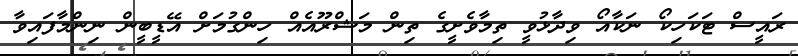
ރައީސް ޓަކަހިކޯ ނަކާއޯ ވިދާޅުވީ ތިމާވެށީގެ ތިން މަޝްރޫއެއް ހިންގުމަށް އޭޑީބީން ނިންމާފައިވާ